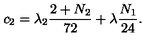
c _ { 2 } = \lambda _ { 2 } \frac { 2 + N _ { 2 } } { 7 2 } + \lambda \frac { N _ { 1 } } { 2 4 } .